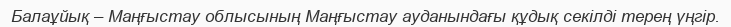
Балаұйық – Маңғыстау облысының Маңғыстау ауданындағы құдық секілді терең үңгір.